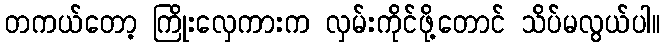
တကယ်တော့ ကြိုးလှေကားက လှမ်းကိုင်ဖို့တောင် သိပ်မလွယ်ပါ။